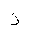
Letter: _zay